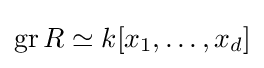
\operatorname {gr} R\simeq k[x_{1},\dots ,x_{d}]